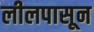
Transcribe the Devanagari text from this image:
लीलपासून